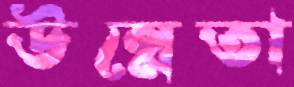
উন্নেতা